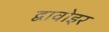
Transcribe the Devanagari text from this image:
द्वावोइर